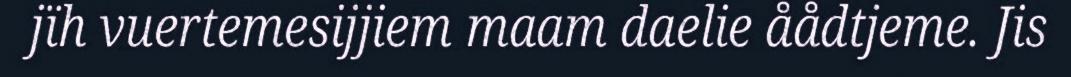
jïh vuertemesijjiem maam daelie åådtjeme. Jis